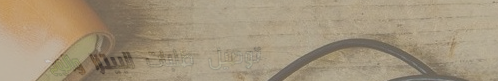
توصيل طلبات البيتزا والوج